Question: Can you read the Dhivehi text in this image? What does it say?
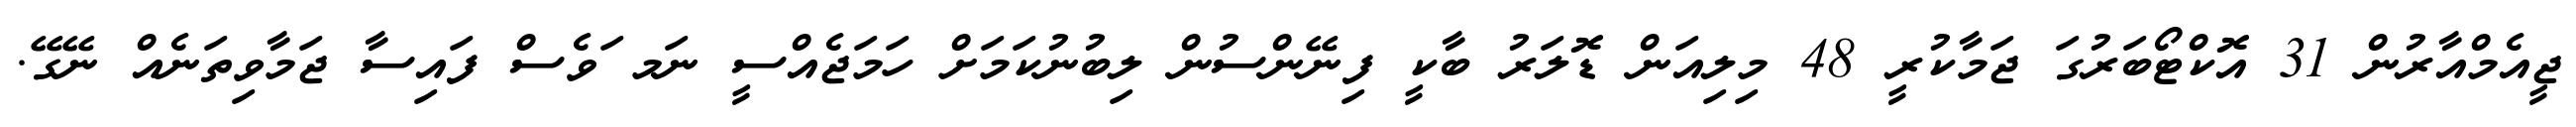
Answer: ޖީއެމްއާރުން 31 އޮކްޓޯބަރުގަ ޖަމާކުރީ 48 މިލިއަން ޑޮލަރު ބާކީ ފިނޭންސުން ލިބުނުކަމަށް ހަމަޖެއްސީ ނަމ ަވެސް ފައިސާ ޖަމާވިތަނެއް ނޭގޭ.